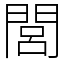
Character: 閭